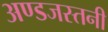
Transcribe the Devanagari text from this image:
अण्डजस्तनी